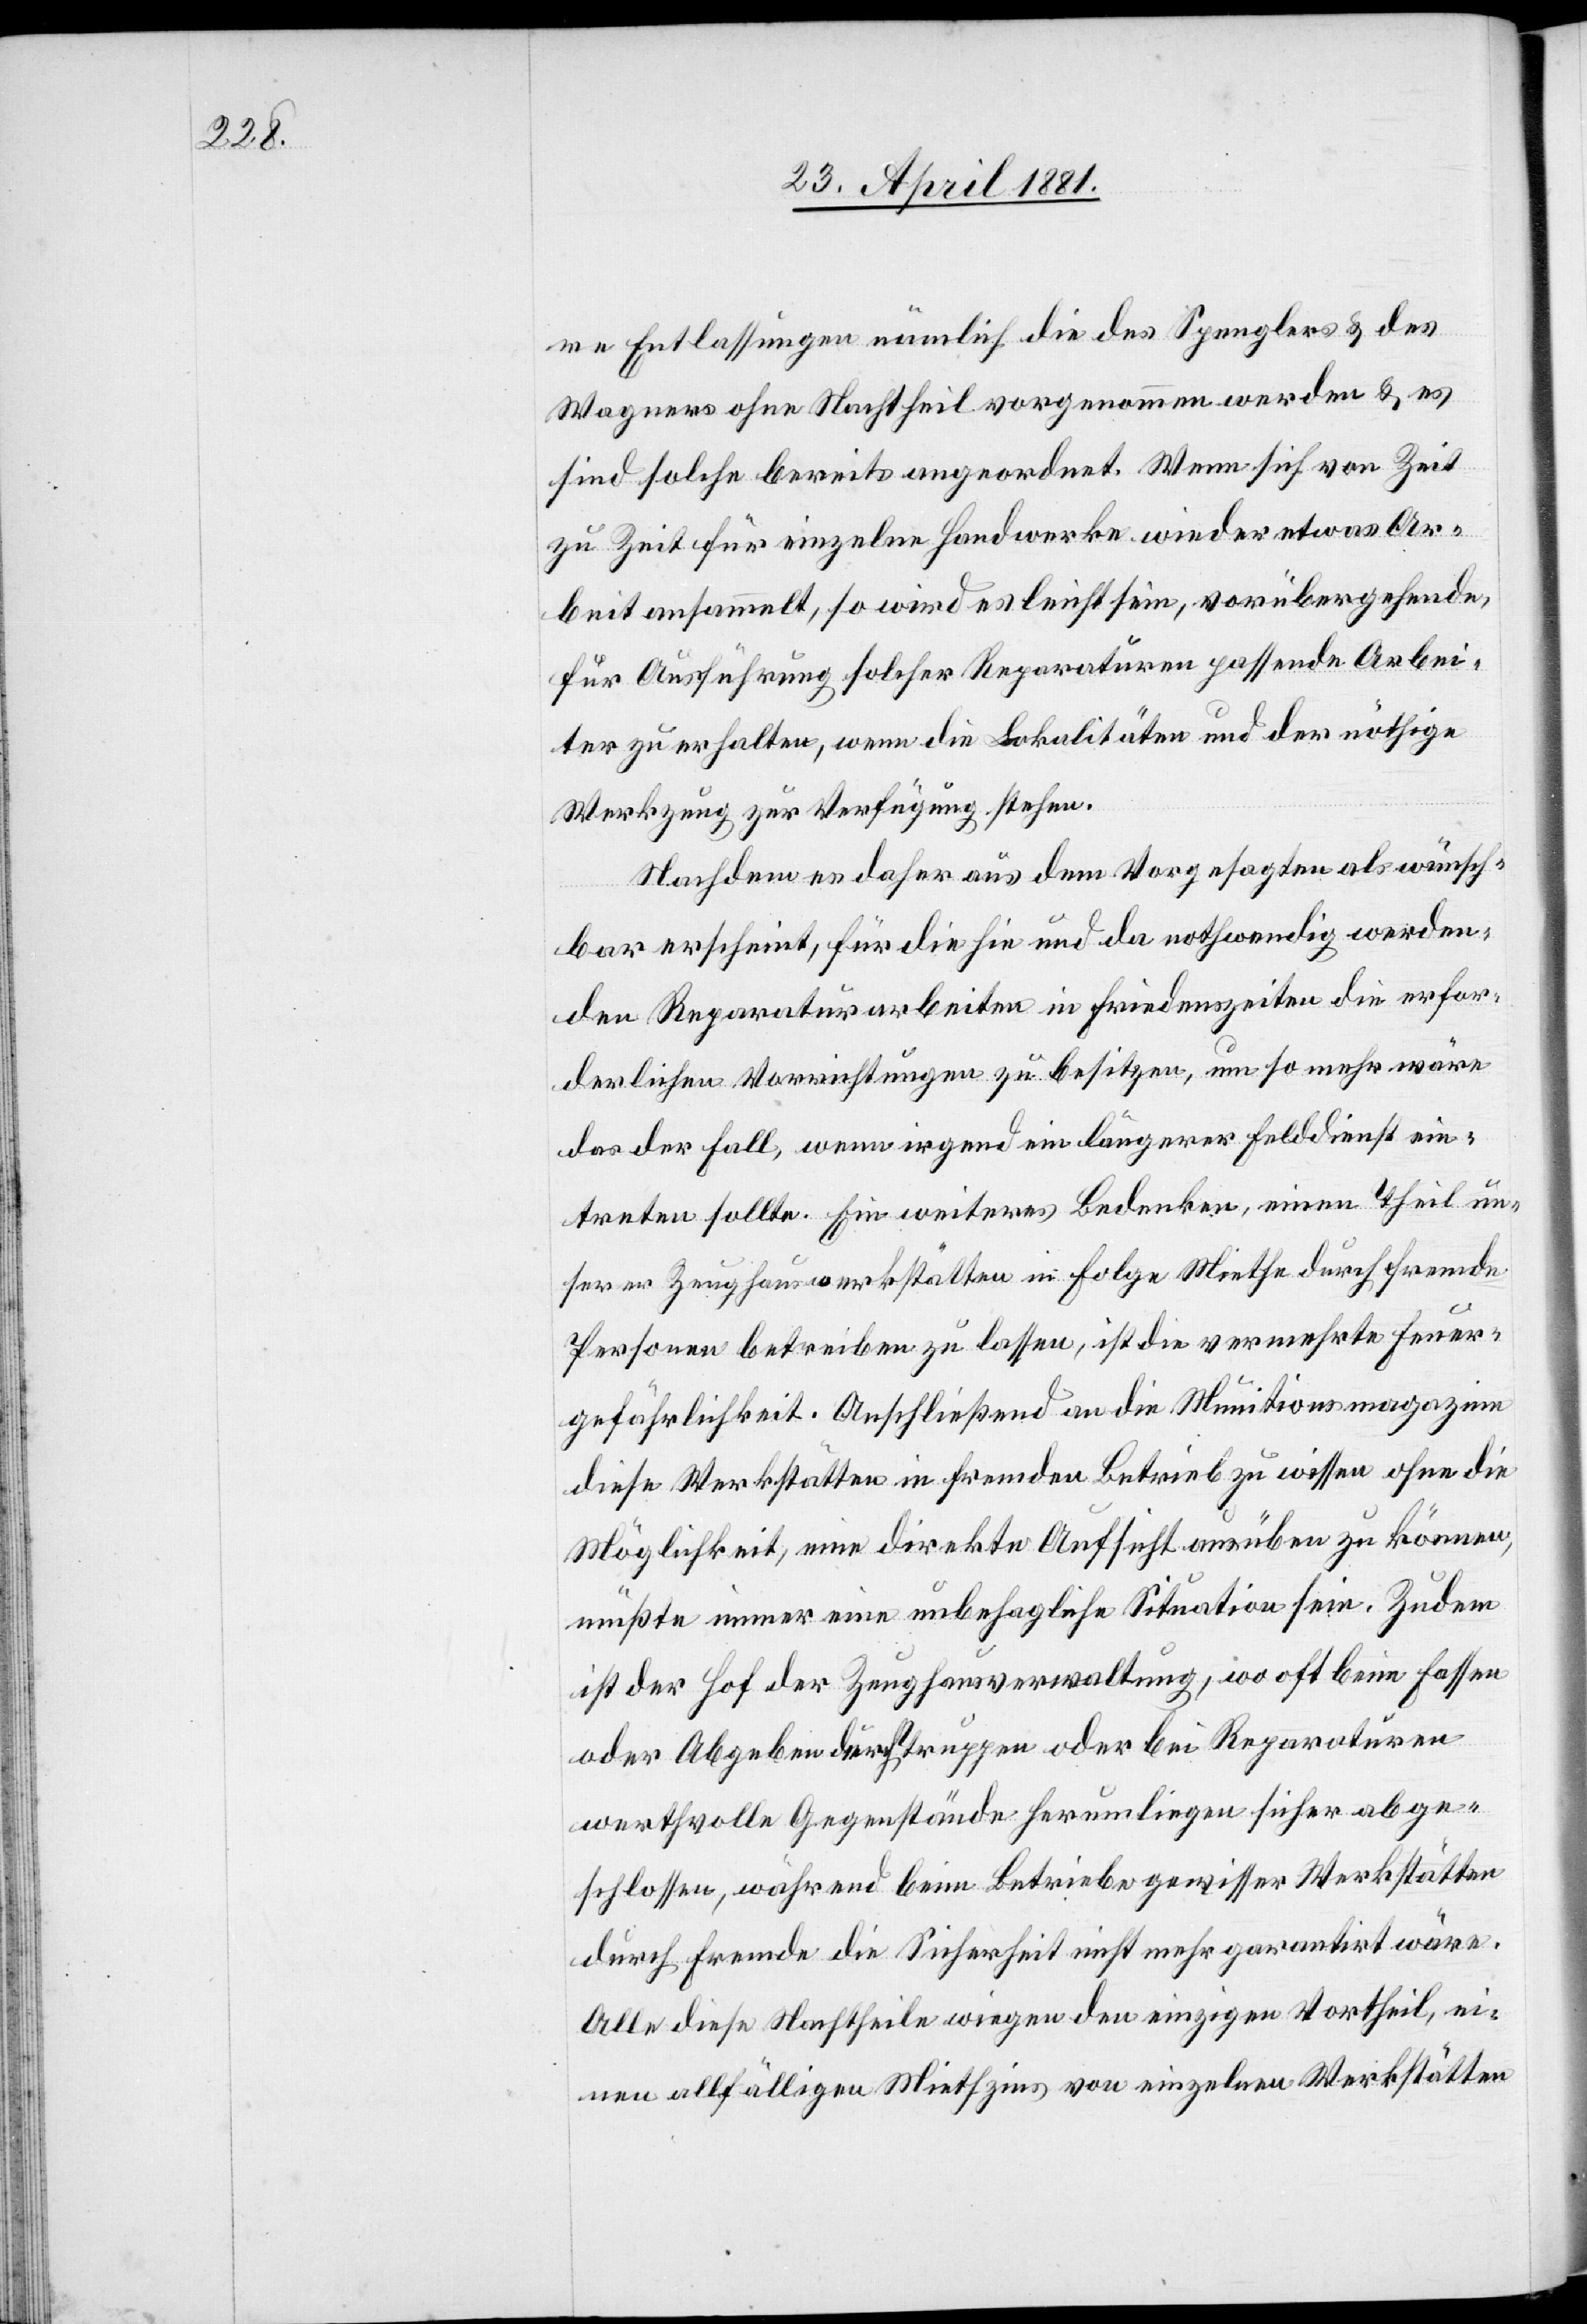
re Entlassungen nämlich die des Spenglers & des
Wagners ohne Nachtheil vorgenommen werden & es
sind solche bereits angeordnet. Wenn sich von Zeit
zu Zeit für einzelne Handwerke wieder etwas Ar¬
beit ansammelt, so wird es leicht sein, vorübergehende,
für Ausführung solcher Reparaturen passende Arbei¬
ter zu erhalten, wenn die Lokalitäten und der nöthige
Werkzeug zu Verfügung stehen.
Nachdem es daher aus dem Vorgesagten als wünsch¬
bar erscheint, für die hie und da nothwendig werden¬
den Reparaturarbeiten in Friedenszeiten die erfor¬
derlichen Vorrichtungen zu besitzen, um so mehr wäre
das der Fall, wenn irgend ein längerer Felddienst ein¬
treten sollte. Ein weiteres Bedenken, einen Theil un¬
serer Zeughauswerkstätten in Folge Miethe durch fremde
Personen betreiben zu lassen, ist die vermehrte Feuer¬
gefährlichkeit. Anschließend an die Munitionsmagazine
diese Werkstätten in fremden Betrieb zu wissen ohne die
Möglichkeit, eine direkte Aufsicht ausüben zu können,
müßte immer eine unbehagliche Situation sein. Zudem
ist der Hof der Zeughausverwaltung, wo oft beim Fassen
oder Abgeben durch Truppen oder bei Reparaturen
werthvolle Gegenstände herumliegen sicher abge¬
schlossen, während beim Betriebe gewisser Werkstätten
durch Fremde die Sicherheit nicht mehr garantirt wäre.
Alle diese Nachtheile wiegen den einzigen Vortheil, ei¬
nen allfälligen Miethzins von einzelnen Werkstätten